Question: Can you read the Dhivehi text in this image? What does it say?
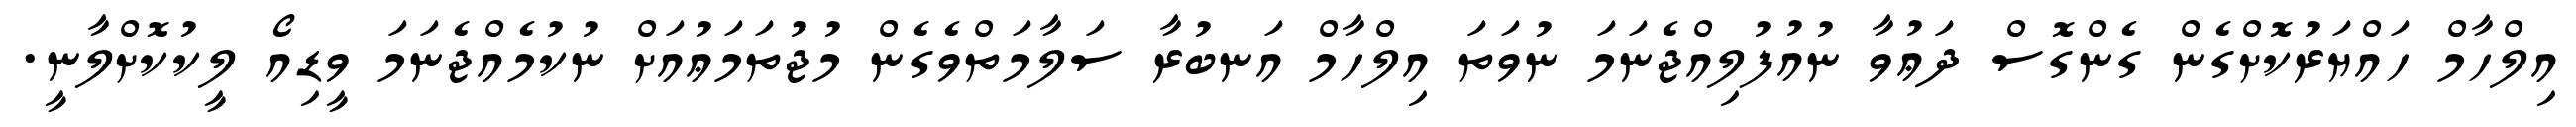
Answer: އިލްހާމް ހައްޔަރުކޮށްގެން ގެންގޮސް ދަޢުވާ ނުއުފުލިއްޖެނަމަ ނުވަތަ އިލްހާމް އަނބުރާ ސަލާމަތްވެގެން މުޖުތަމަޢުއަށް ނުކުމެއްޖެނަމަ ވީޑިއޯ ލީކުކޮށްލާނީ.